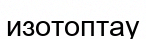
изотоптау